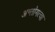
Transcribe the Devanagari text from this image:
अन्तोगत्वा